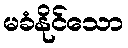
မခံနိုင်သော